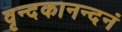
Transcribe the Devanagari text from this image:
वृन्दकानन्दनं